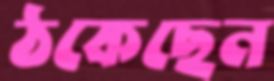
ঠকেছেন